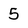
Character: 5